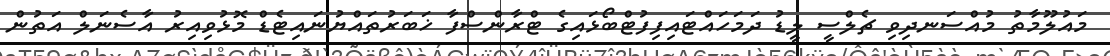
މައުލޫމާތު މުއްސަނދިވި ޗެލްސީ ލީޑު ދަމަހައްޓައިފިފުޓްބޯޅައިގެ ޓްރާންސްފާ ޚަބަރުތައްޔުނައިޓެޑް މޮޅުވިއިރު އާސެނަލް އަތުން